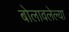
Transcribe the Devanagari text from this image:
बोलावलेल्या